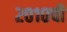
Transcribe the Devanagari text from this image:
२०१०ची